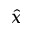
\hat { x }